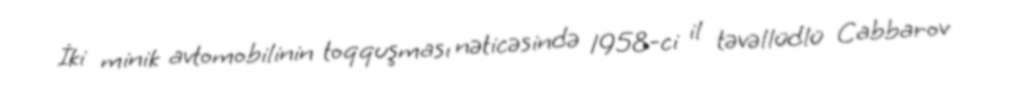
İki minik avtomobilinin toqquşması nəticəsində 1958-ci il təvəllüdlü Cabbarov